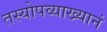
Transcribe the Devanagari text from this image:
तस्योपव्याख्यानं